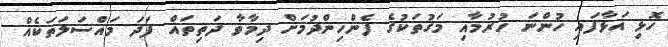
ހޮޅި އަޅާފައި ހުންނަ ހުރުމާއި މަގުތަކުގެ ފެންހިންދުމަށް ދިމާވާ ދަތިތައް ފަދަ މައްސަލަތަކެއް